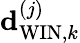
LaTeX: {\mathbf{d}}_{\mathrm{WIN},k}^{\left(j\right)}